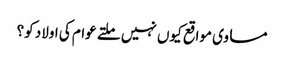
مساوی مواقع کیوں نہیں ملتے عوام کی اولاد کو؟